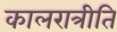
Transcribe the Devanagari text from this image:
कालरात्रीति